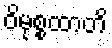
ဝိမုစ္စထာတိ